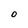
Character: 0